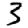
Digit: 3